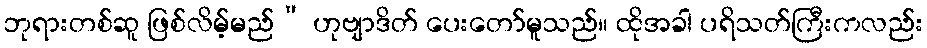
ဘုရားတစ်ဆူ ဖြစ်လိမ့်မည်” ဟုဗျာဒိတ် ပေးတော်မူသည်။ ထိုအခါ ပရိသတ်ကြီးကလည်း